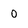
Character: 0